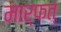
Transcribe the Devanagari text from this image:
मार्फत्‌